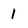
Character: l